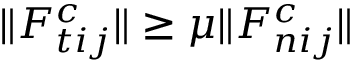
\| F _ { t i j } ^ { c } \| \ge \mu \| F _ { n i j } ^ { c } \|